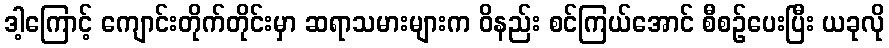
ဒါ့ကြောင့် ကျောင်းတိုက်တိုင်းမှာ ဆရာသမားများက ဝိနည်း စင်ကြယ်အောင် စီစဉ်ပေးပြီး ယခုလို